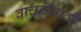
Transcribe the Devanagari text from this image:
वाचनसाठी